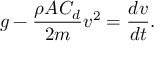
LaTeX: g - { \frac { \rho A C _ { d } } { 2 m } } v ^ { 2 } = { \frac { d v } { d t } } .